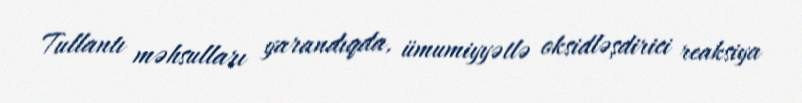
Tullantı məhsulları yarandıqda, ümumiyyətlə oksidləşdirici reaksiya